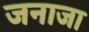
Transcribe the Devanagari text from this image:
जनाजा